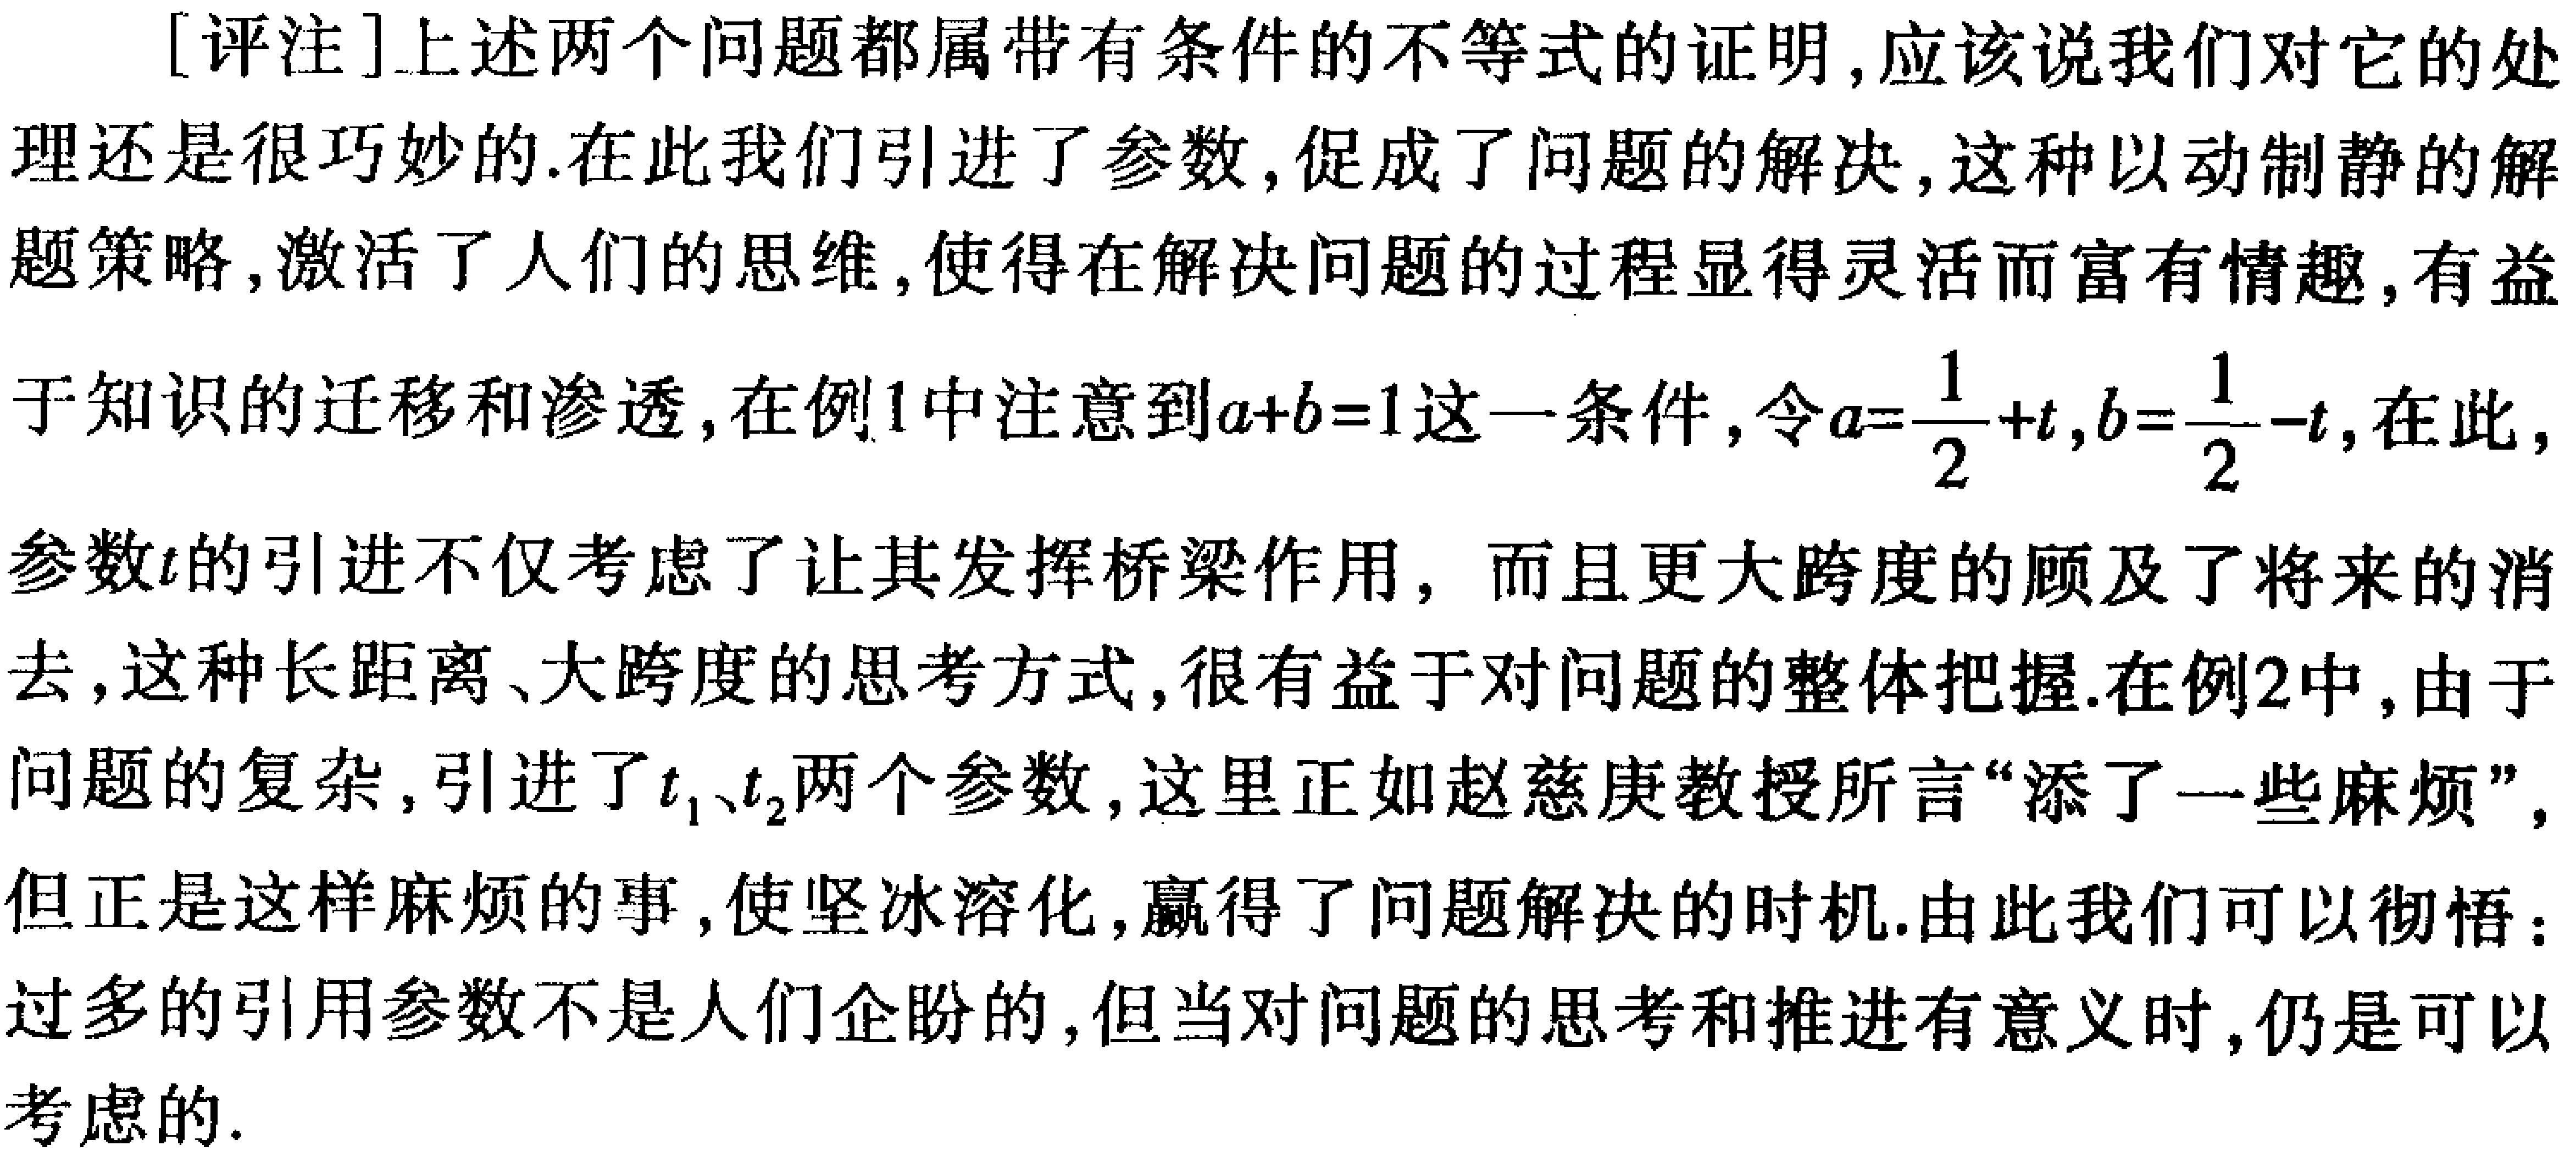
[评注]上述两个问题都属带有条件的不等式的证明,应该说我们对它的处理还是很巧妙的.在此我们引进了参数,促成了问题的解决,这种以动制静的解题策略,激活了人们的思维,使得在解决问题的过程显得灵活而富有情趣,有益于知识的迁移和渗透,在例1中注意到\(a + b = 1\)这一条件,令\(a=\frac{1}{2}+t,b=\frac{1}{2}-t\),在此,参数\(t\)的引进不仅考虑了让其发挥桥梁作用，而且更大跨度的顾及了将来的消去,这种长距离、大跨度的思考方式,很有益于对问题的整体把握.在例2中,由于问题的复杂,引进了\(t_1\)、\(t_2\)两个参数,这里正如赵慈庚教授所言“添了一些麻烦”,但正是这样麻烦的事,使坚冰溶化,赢得了问题解决的时机.由此我们可以彻悟：过多的引用参数不是人们企盼的,但当对问题的思考和推进有意义时,仍是可以考虑的.